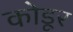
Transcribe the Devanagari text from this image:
कोडूर